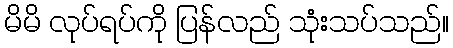
မိမိ လုပ်ရပ်ကို ပြန်လည် သုံးသပ်သည်။